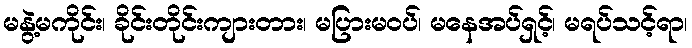
မနွဲ့မကိုင်း၊ ခိုင်းတိုင်းကျားတား၊ မပြားမဝပ်၊ မနေအပ်ရှင့်၊ မရပ်သင့်ရာ၊